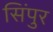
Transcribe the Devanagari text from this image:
सिंपुर